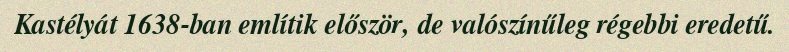
Kastélyát 1638-ban említik először, de valószínűleg régebbi eredetű.